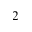
_ 2